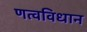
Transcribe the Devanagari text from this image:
णत्वविधान